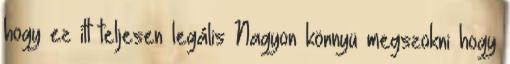
hogy ez itt teljesen legális Nagyon könnyü megszokni hogy